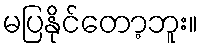
မပြနိုင်တော့ဘူး။